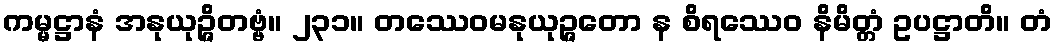
ကမ္မဋ္ဌာနံ အနုယုဉ္ဇိတဗ္ဗံ။ ၂၃၁။ တဿေဝမနုယုဉ္ဇတော န စိရဿေဝ နိမိတ္တံ ဥပဋ္ဌာတိ။ တံ